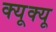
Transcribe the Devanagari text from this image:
क्यूक्यू